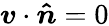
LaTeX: \boldsymbol{v}\cdot\boldsymbol{\hat{n}}=0